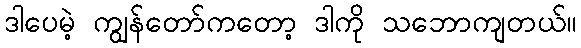
ဒါပေမဲ့ ကျွန်တော်ကတော့ ဒါကို သဘောကျတယ်။